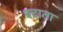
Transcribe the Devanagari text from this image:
बदाता